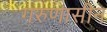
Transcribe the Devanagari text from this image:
गरुणासीन